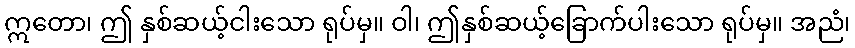
ဣတော၊ ဤ နှစ်ဆယ့်ငါးသော ရုပ်မှ။ ဝါ၊ ဤနှစ်ဆယ့်ခြောက်ပါးသော ရုပ်မှ။ အညံ၊